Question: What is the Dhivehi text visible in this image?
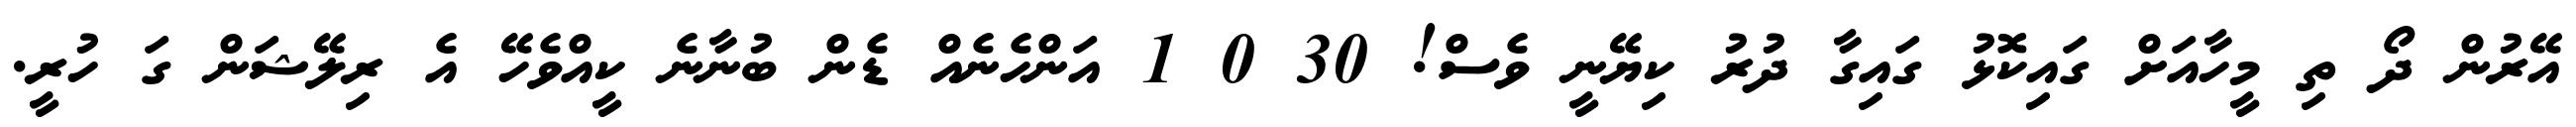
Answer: އޭރުން ދޯ ތި މީހާއަށް ގައިކޮޅު ގައިގާ ދުރު ކިޔޭނީ ވެސް! 30 0 1 އަންހެނެއް ޑެން ބުނާނެ ކީއްވެހޭ އެ ރިލޭޝަން ގަ ހުރީ.